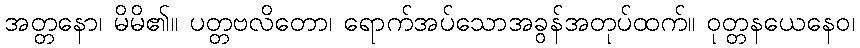
အတ္တနော၊ မိမိ၏။ ပတ္တဗလိတော၊ ရောက်အပ်သောအခွန်အတုပ်ထက်။ ဝုတ္တနယေနေဝ၊